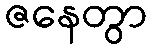
ဇနေတွာ